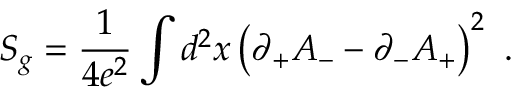
{ \cal S } _ { g } = { \frac { 1 } { 4 e ^ { 2 } } } \int d ^ { 2 } x \left( \partial _ { + } A _ { - } - \partial _ { - } A _ { + } \right) ^ { 2 } \, \, .